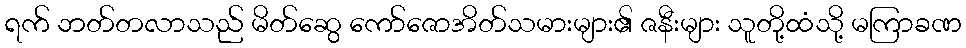
ရက် ဘတ်တလာသည် မိတ်ဆွေ ကော်ဇောအိတ်သမားများ၏ ဇနီးများ သူတို့ထံသို့ မကြာခဏ